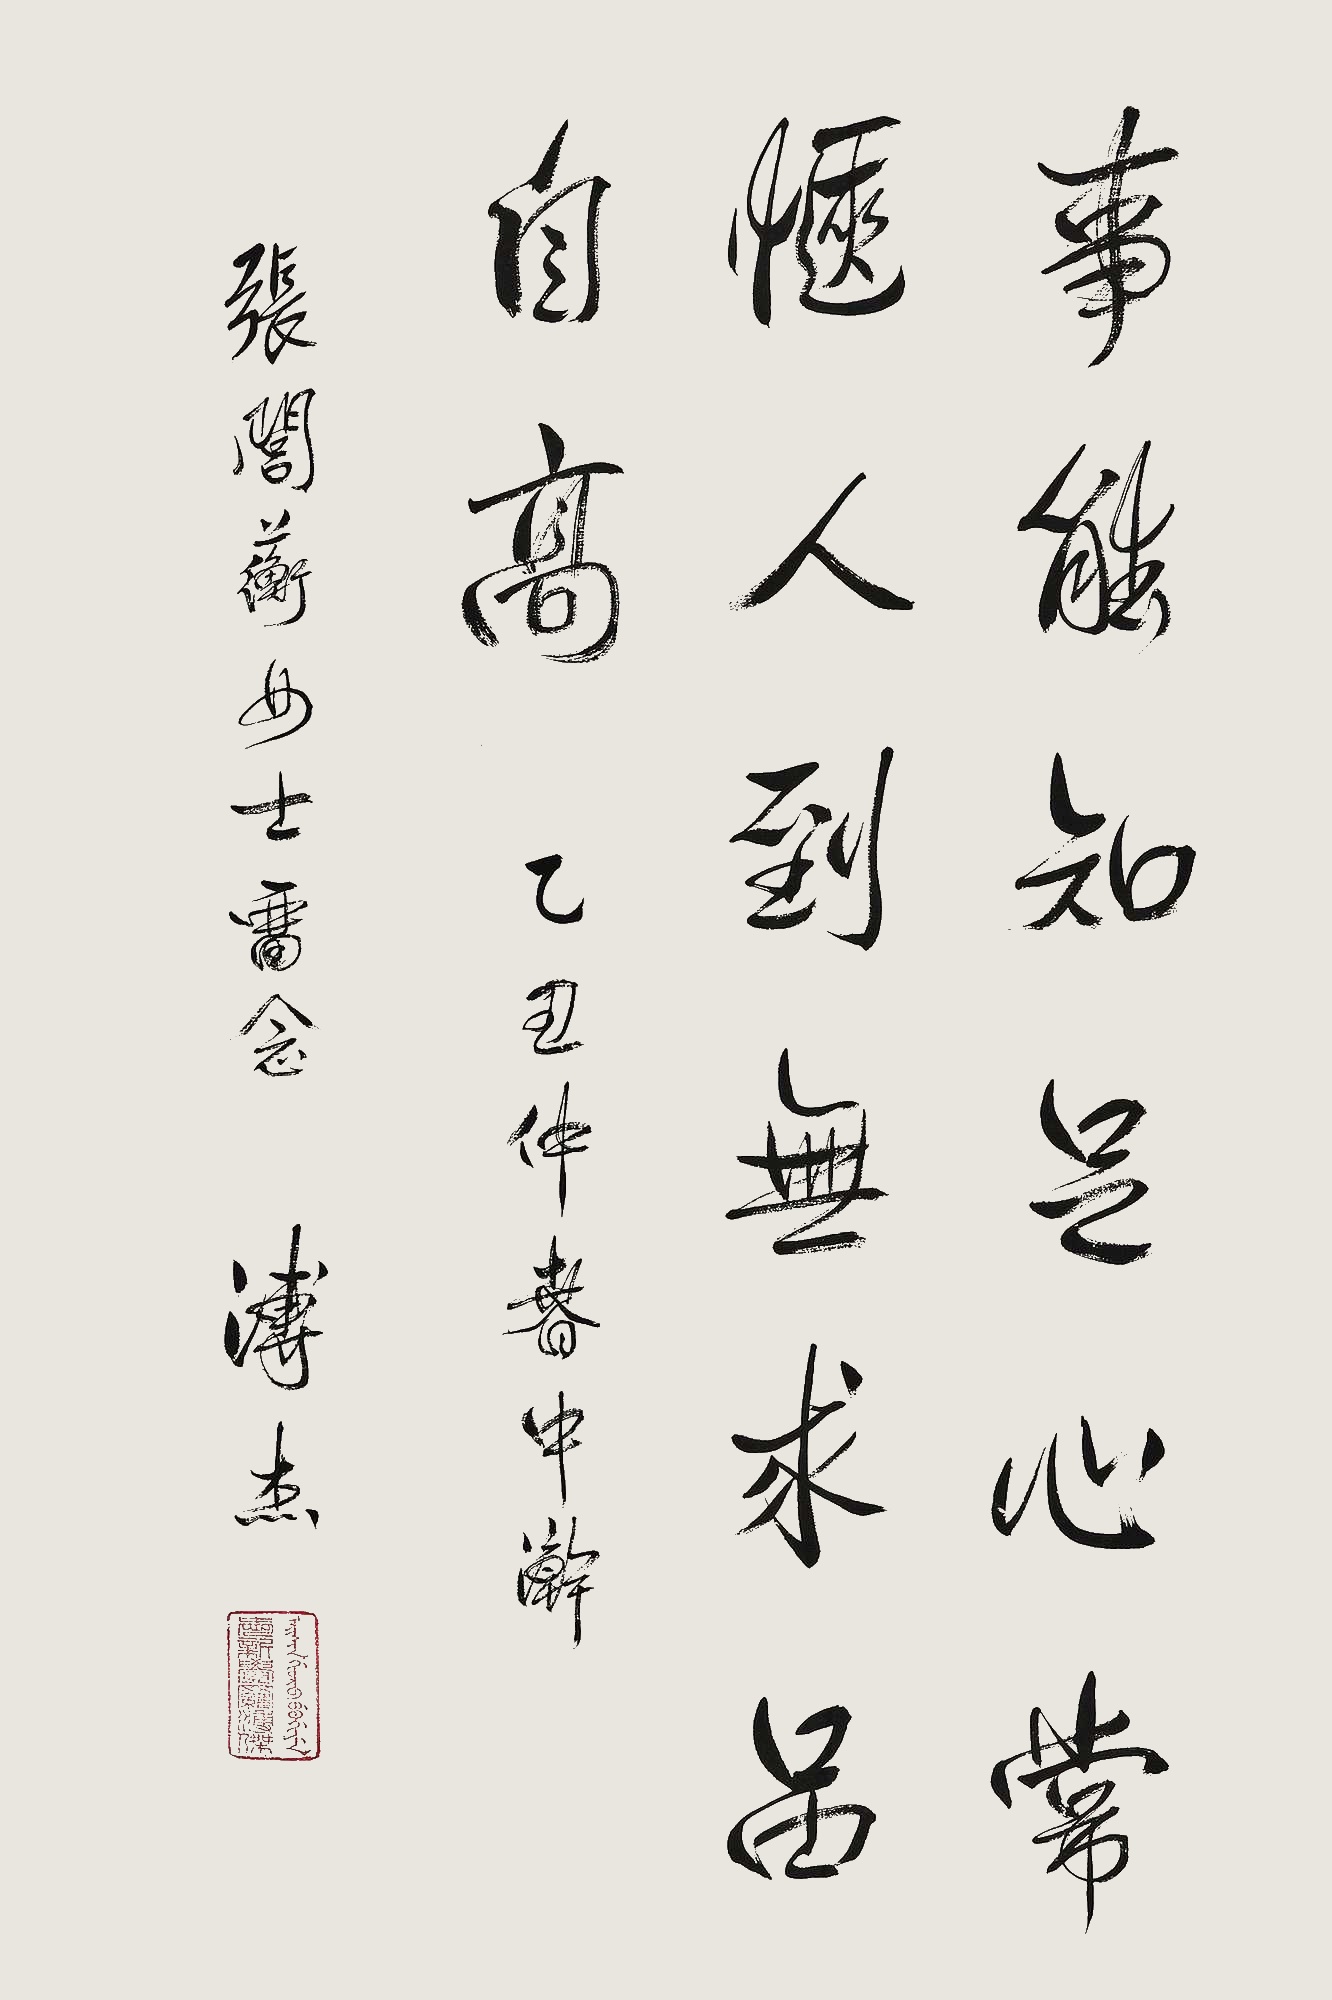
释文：事能知足心常惬，人到无求品自高。乙丑仲春中澣，张闾蘅女士留念。溥杰。